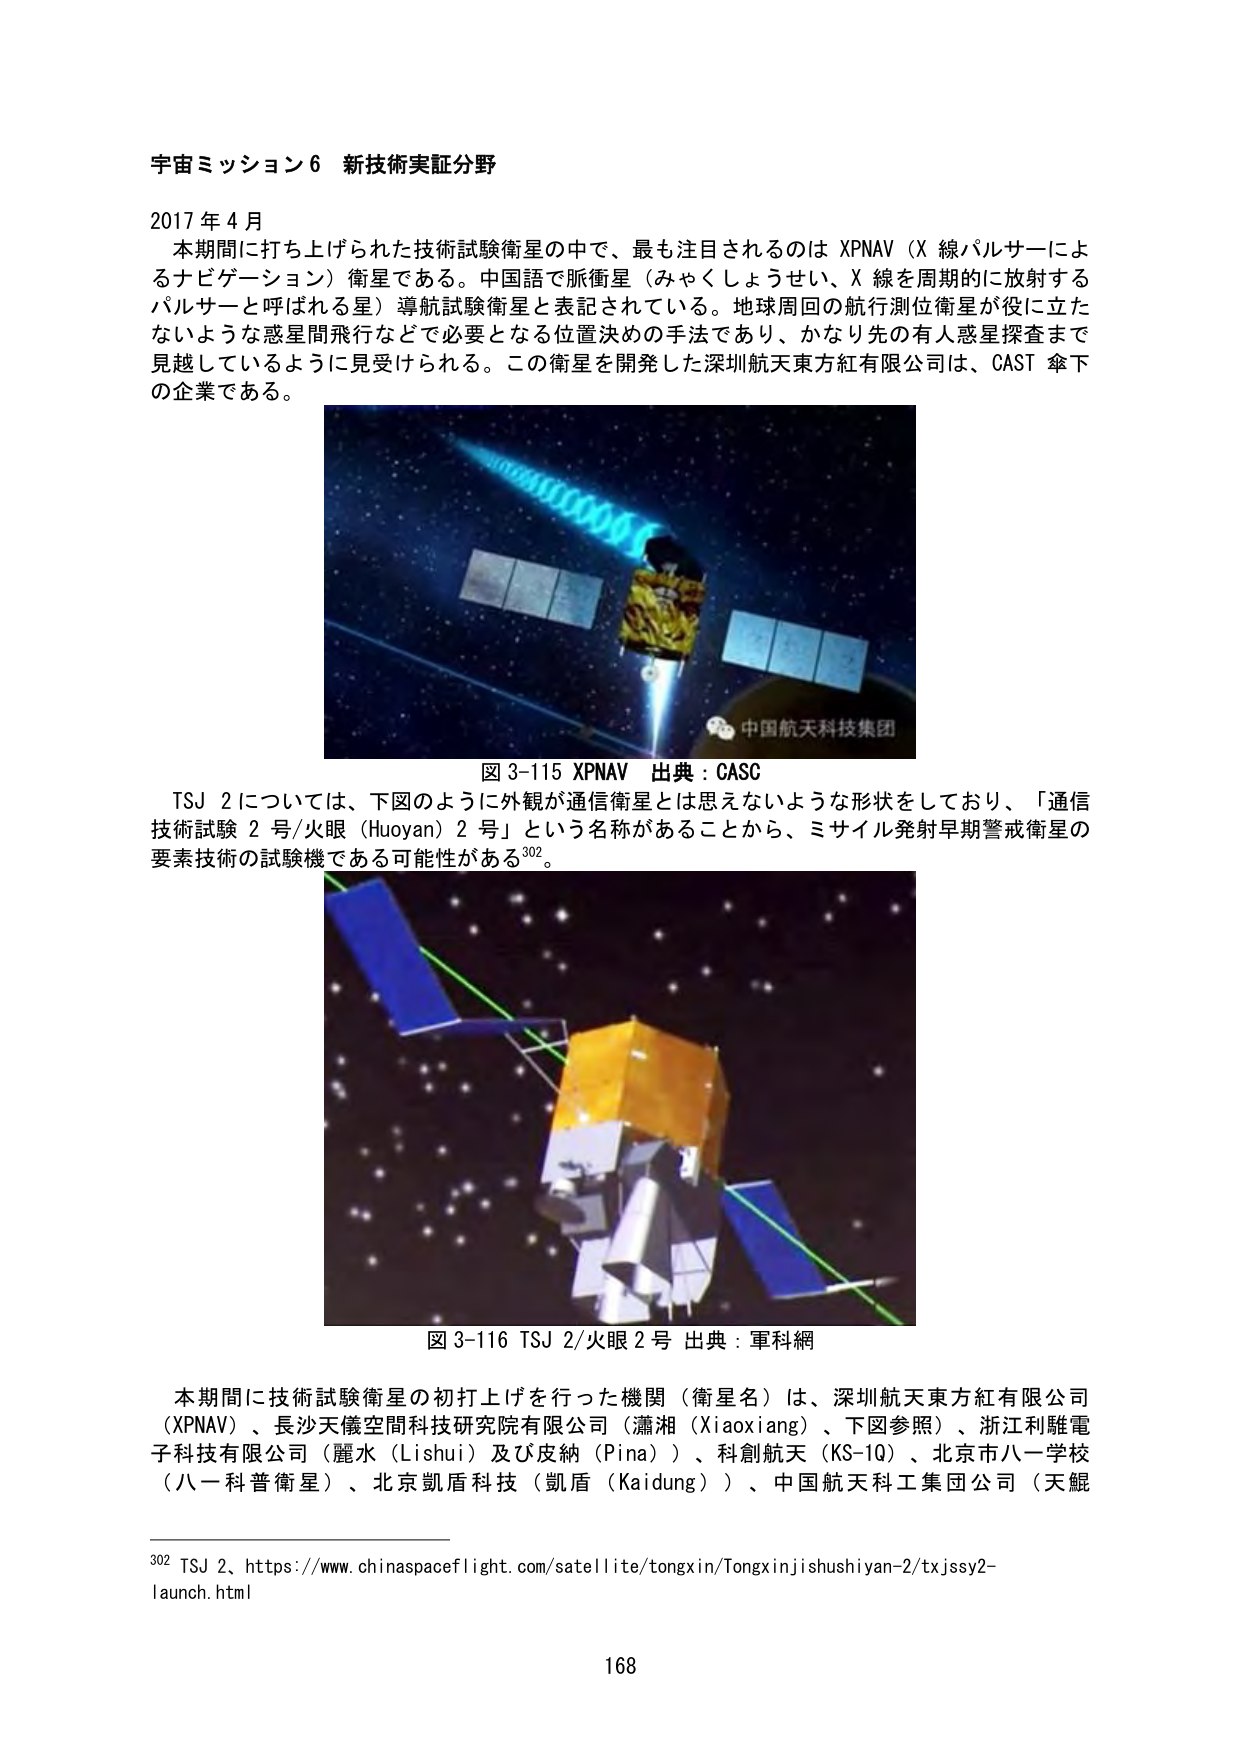
宇宙ミッション６ 新技術実証分野

2017年4月
本期間に打ち上げられた技術試験衛星の中で、最も注目されるのは XPNAV（X 線パルサーによるナビゲーション）衛星である。中国語で脈衝星（みやくしょうせい、X 線を周期的に放射するパルサーと呼ばれる星）導航試験衛星と表記されている。地球周回の航行測位衛星が役に立たないような惑星間飛行などで必要となる位置決めの手法であり、かなり先の有人惑星探査まで見越しているように見受けられる。この衛星を開発した深圳航天東方紅有限公司は、CAST 傘下の企業である。

図 3-115 XPNAV 出典：CASC

TSJ 2については、下図のように外観が通信衛星とは思えないような形状をしており、「通信技術試験 2 号/火眼（Huoyan）2 号」という名称があることから、ミサイル発射早期警戒衛星の要素技術の試験機である可能性がある302。

図 3-116 TSJ 2/火眼 2 号 出典：軍科網

本期間に技術試験衛星の初打上げを行った機関（衛星名）は、深圳航天東方紅有限公司（XPNAV）、長沙天儀空間科技研究院有限公司（瀟湘（Xiaoxiang）、下図参照）、浙江利雕電子科技有限公司（麗水（Lishui）及び皮納（Pina））、科創航天（KS-1Q）、北京市八一学校（八一科普衛星）、北京凱盾科技（凱盾（Kaidung））、中国航天科工集团公司（天鯤

302 TSJ 2、https://www.chinaspacesflight.com/satellite/tongxin/Tongxinjishushiyan-2/txjssy2-launch.html

168